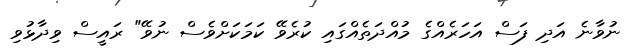
ނުވާނެ އަދި ފަސް އަހަރެއްގެ މުއްދަތެއްގައި ކުރެވޭ ކަމަކަށްވެސް ނުވޭ" ރައީސް ވިދާޅުވި